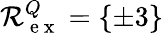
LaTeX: \mathcal R_{\mathrm{~e~x~}}^{Q}=\{ \pm 3\}